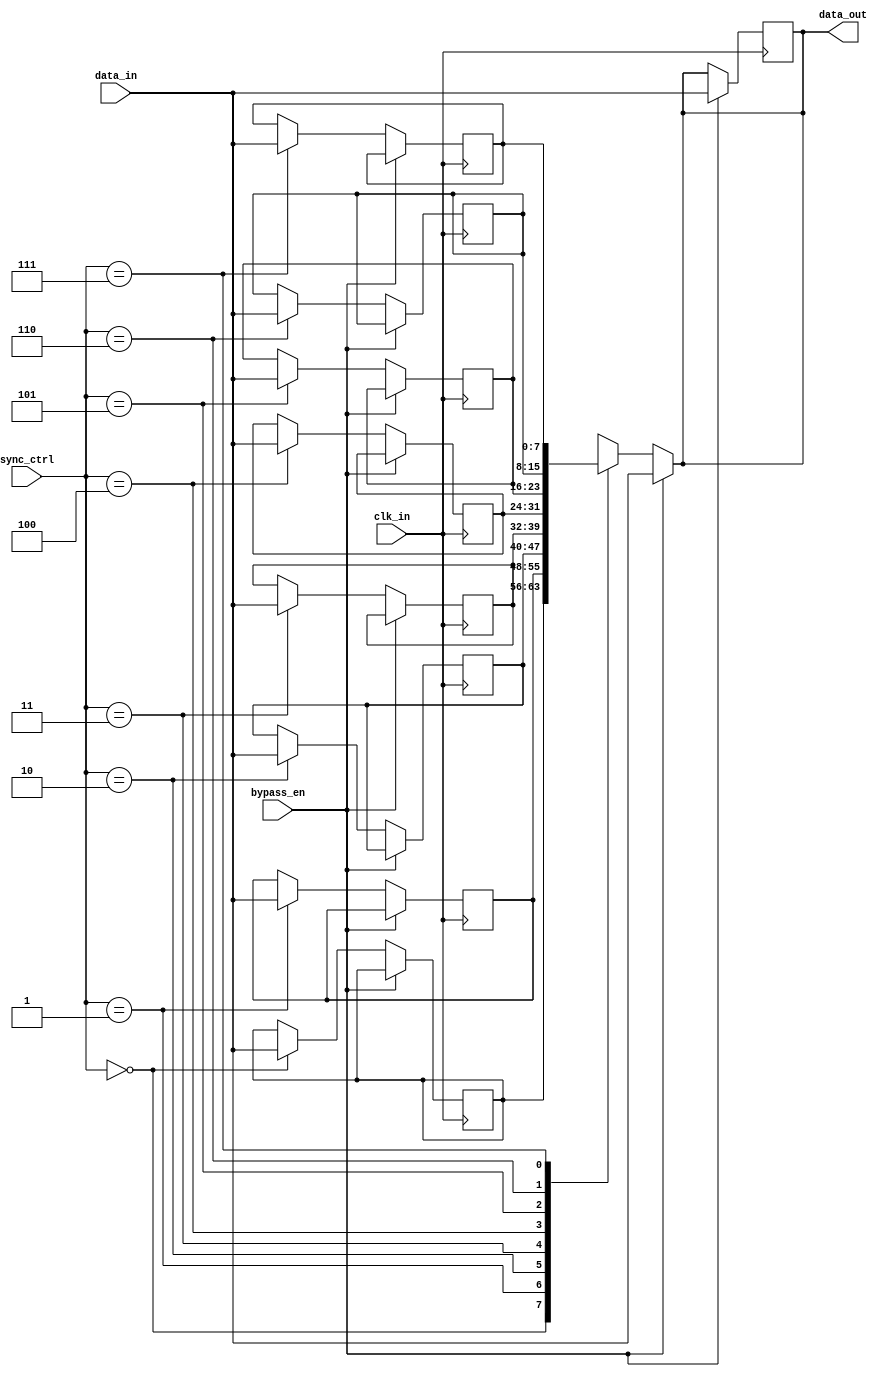
module timing_control_and_sync_bypass_registers (
    input wire clk_in,
    input wire [7:0] data_in,
    input wire bypass_en,
    input wire [2:0] sync_ctrl,
    output reg [7:0] data_out
);

reg [7:0] registers [0:7];

always @(posedge clk_in) begin
    if (bypass_en) begin
        data_out <= data_in;
    end else begin
        case (sync_ctrl)
            3'b000: begin
                registers[0] <= data_in;
            end
            3'b001: begin
                registers[1] <= data_in;
            end
            3'b010: begin
                registers[2] <= data_in;
            end
            3'b011: begin
                registers[3] <= data_in;
            end
            3'b100: begin
                registers[4] <= data_in;
            end
            3'b101: begin
                registers[5] <= data_in;
            end
            3'b110: begin
                registers[6] <= data_in;
            end
            3'b111: begin
                registers[7] <= data_in;
            end
        endcase
    end
end

always @(*) begin
    if (bypass_en) begin
        data_out = data_in;
    end else begin
        case (sync_ctrl)
            3'b000: begin
                data_out = registers[0];
            end
            3'b001: begin
                data_out = registers[1];
            end
            3'b010: begin
                data_out = registers[2];
            end
            3'b011: begin
                data_out = registers[3];
            end
            3'b100: begin
                data_out = registers[4];
            end
            3'b101: begin
                data_out = registers[5];
            end
            3'b110: begin
                data_out = registers[6];
            end
            3'b111: begin
                data_out = registers[7];
            end
        endcase
    end
end

endmodule